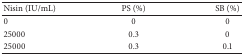
| Nisin (IU/mL) | PS (%) | SB (%) |
 | --- | --- | --- |
 | 0 | 0 | 0 |
 | 25000 | 0.3 | 0 |
 | 25000 | 0.3 | 0.1 |